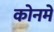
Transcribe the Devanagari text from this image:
कोनमे